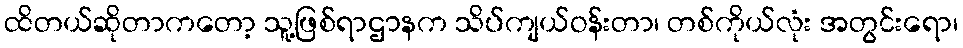
ထိတယ်ဆိုတာကတော့ သူ့ဖြစ်ရာဌာနက သိပ်ကျယ်ဝန်းတာ၊ တစ်ကိုယ်လုံး အတွင်းရော၊